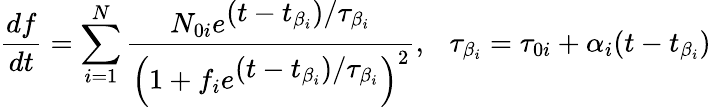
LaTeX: \frac{df}{dt}=\sum_{i=1}^{N}\displaystyle\frac{N_{0i}e^{\displaystyle(t-t_{\beta_{i}})/\tau_{\beta_{i}}}}{\left(1+f_{i}e^{\displaystyle(t-t_{\beta_{i}})/\tau_{\beta_{i}}}\right)^{2}},~~~\tau_{\beta_{i}}=\tau_{0i}+\alpha_{i}(t-t_{\beta_{i}})